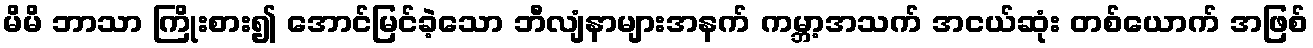
မိမိ ဘာသာ ကြိုးစား၍ အောင်မြင်ခဲ့သော ဘီလျံနာများအနက် ကမ္ဘာ့အသက် အငယ်ဆုံး တစ်ယောက် အဖြစ်